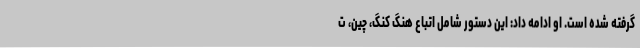
گرفته شده است. او ادامه داد: این دستور شامل اتباع هنگ کنگ، چین، ت